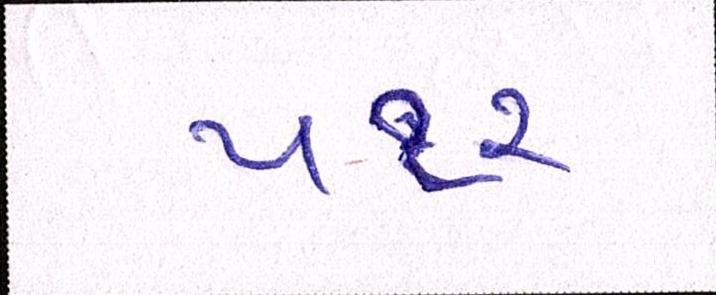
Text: ૫૧૨